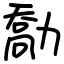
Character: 勪